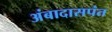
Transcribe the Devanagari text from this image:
अंबादासपंत